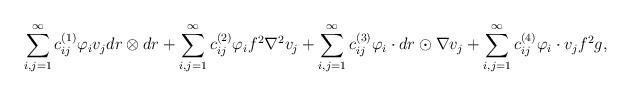
LaTeX: \begin{align*}\begin{aligned}\sum_{i,j=1}^{\infty}c^{(1)}_{ij}\varphi_i v_j dr\otimes dr+\sum_{i,j=1}^{\infty}c^{(2)}_{ij}\varphi_i f^2\nabla^2 v_j+\sum_{i,j=1}^{\infty}c^{(3)}_{ij}\varphi_i \cdot dr\odot \nabla v_j+\sum_{i,j=1}^{\infty}c^{(4)}_{ij}\varphi_i\cdot v_jf^2g,\end{aligned}\end{align*}